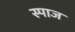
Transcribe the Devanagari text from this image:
स्पाज